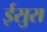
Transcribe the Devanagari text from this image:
ईसुरा